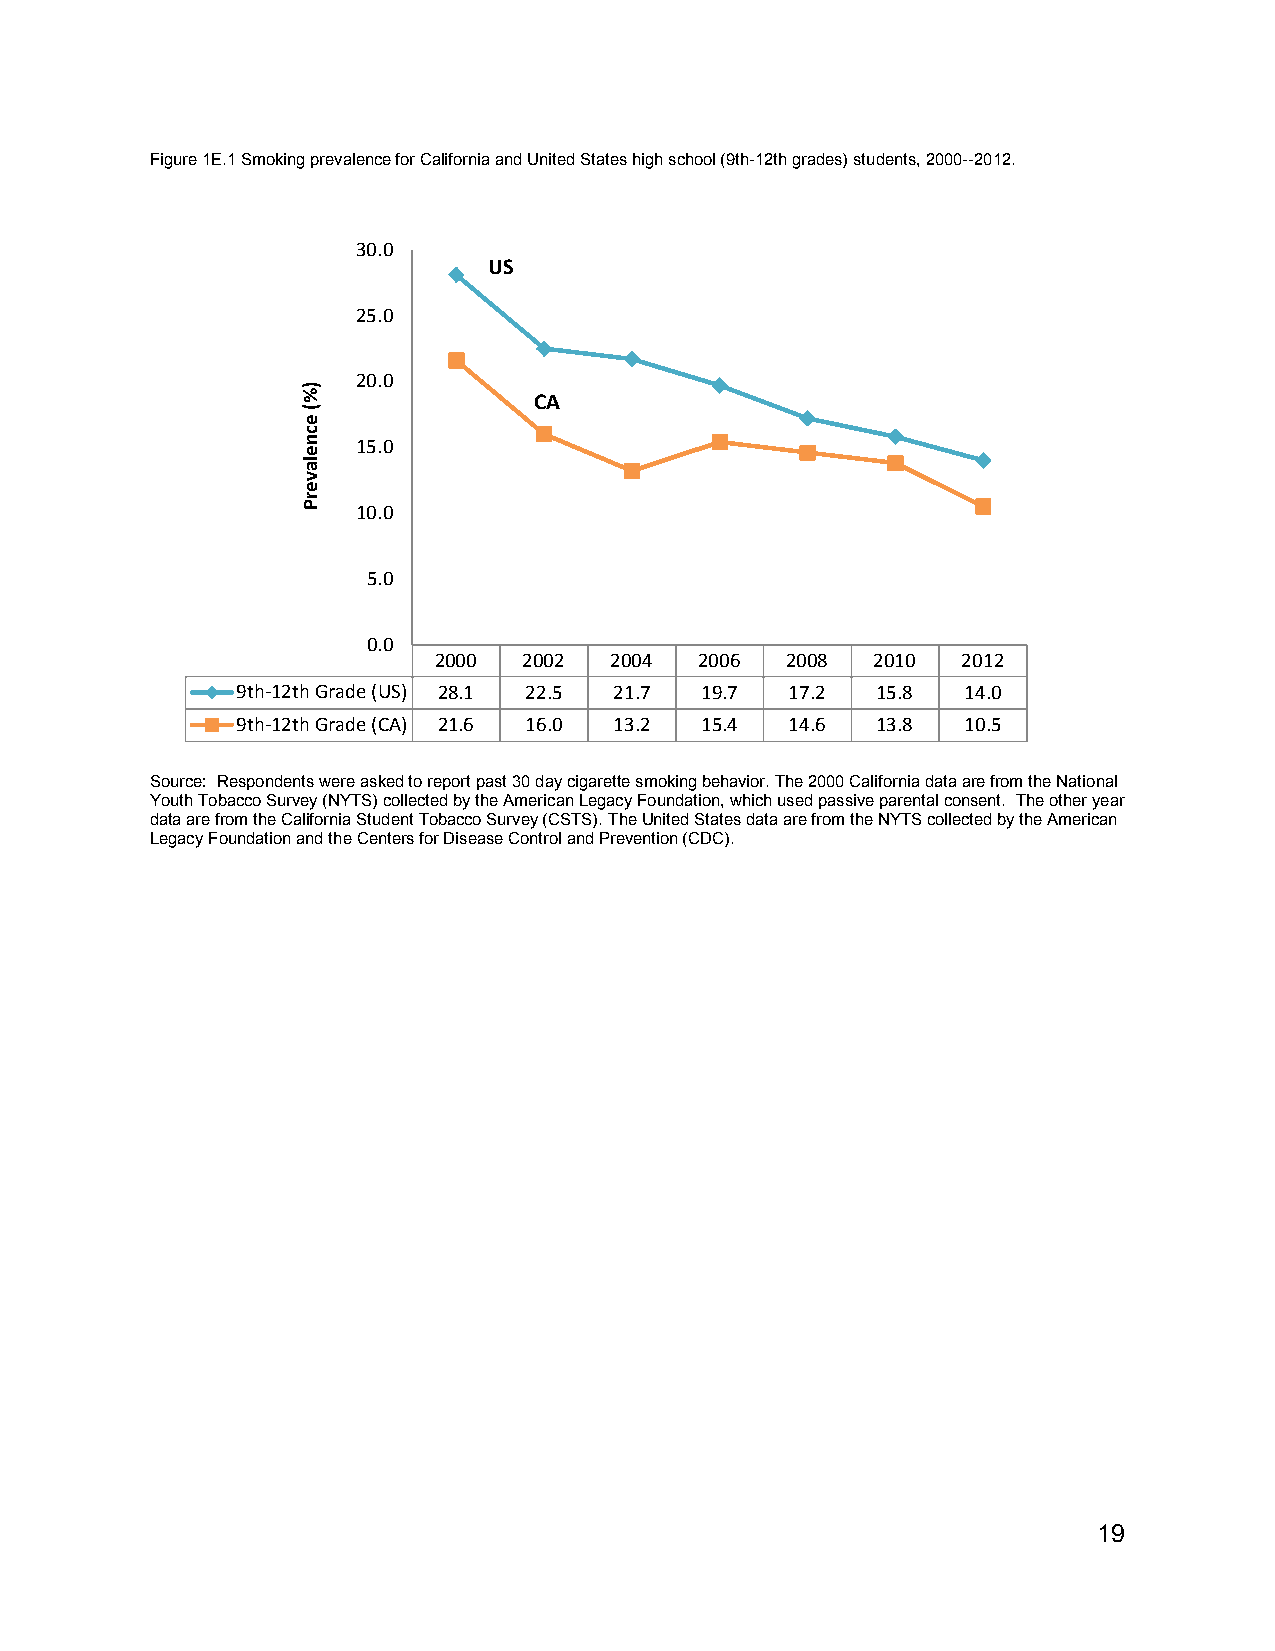
Figure 1E.1 Smoking prevalence for California and United States high school (9th-12th grades) students, 2000--2012.
 30.0
 US
 25.0
 20.0
 CA
 15.0
 10.0
 5.0
 0.0
 2000  2002 2004  2006  2008  2010  2012
 9th‐12th Grade (US) 28.1 22.5 21.7 19.7 17.2 15.8 14.0
 9th‐12th Grade (CA) 21.6 16.0 13.2 15.4 14.6 13.8 10.5
 Source: Respondents were asked to report past 30 day cigarette smoking behavior. The 2000 California data are from the National
 Youth Tobacco Survey (NYTS) collected by the American Legacy Foundation, which used passive parental consent. The other year
 data are from the California Student Tobacco Survey (CSTS). The United States data are from the NYTS collected by the American
 Legacy Foundation and the Centers for Disease Control and Prevention (CDC).
 19
 )%(
 ecnelaverP